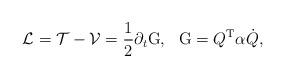
LaTeX: \begin{align*}\mathcal{L}=\mathcal{T}-\mathcal{V}=\frac{1}{2}\partial_{t}\mathrm{G},\text{\ \ }\mathrm{G}=Q^{\mathrm{T}}\alpha\dot{Q}, \end{align*}